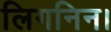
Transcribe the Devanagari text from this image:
लिगनिन।